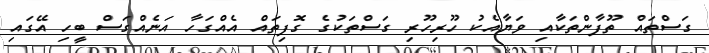
ގަސްތައް ތޫފާންތަކާއި ވަޔާއެކު ހޫރިހޫރި ގަސްތަކުގެ ގޮފިތައް އެއްގަހާ އަނެއްގަސް ބީހި އޭގައި